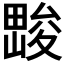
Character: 𱰽